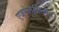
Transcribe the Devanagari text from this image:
एजमेलेलिनीन